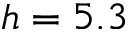
h = 5 . 3